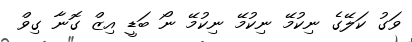
ވަގު ކަލޭގެ ނިކުމޭ ނިކުމޭ ނިކުމޭ ނޯ ބަޑީ އިޒް ގޮނާ ގިވް